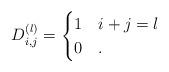
LaTeX: \begin{align*}D^{(l)}_{i,j}=\begin{cases}1 & i+j=l\\0 & .\end{cases}\end{align*}